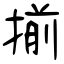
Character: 揃